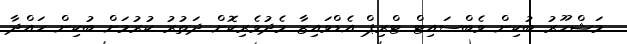
މަޝްހޫރު ބުކިން ވެބްސައިޓް ޓްރިޕް އެޑްވައިޒާ މެދުވެރިކޮށް ދަތުރު ކުރުމަށް ބުކިން ހައްދާ